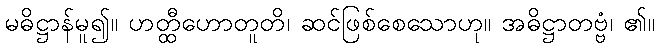
မဓိဋ္ဌာန်မူ၍။ ဟတ္ထီဟောတူတိ၊ ဆင်ဖြစ်စေသောဟု။ အဓိဋ္ဌာတဗ္ဗံ၊ ၏။